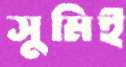
সুমিই